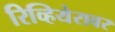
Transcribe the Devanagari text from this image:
रिव्हियेरावर